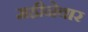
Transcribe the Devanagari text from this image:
महीनेवार